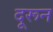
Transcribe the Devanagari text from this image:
दूरून